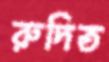
রুদিত